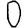
Digit: 0